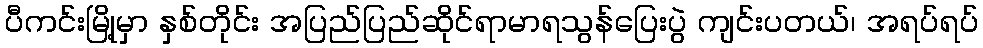
ပီကင်းမြို့မှာ နှစ်တိုင်း အပြည်ပြည်ဆိုင်ရာမာရသွန်ပြေးပွဲ ကျင်းပတယ်၊ အရပ်ရပ်